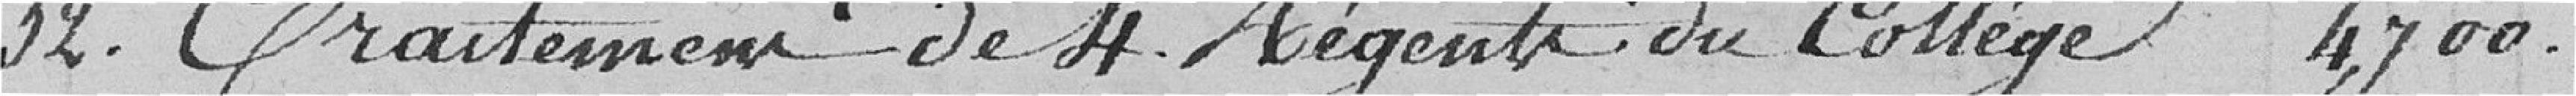
32. Traitement de H. Régents du Collège 4700.